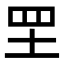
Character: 𦉷